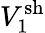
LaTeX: V_{1}^{\mathrm{sh}}